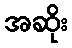
အဆိုး